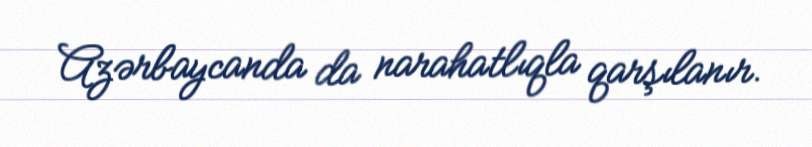
Azərbaycanda da narahatlıqla qarşılanır.